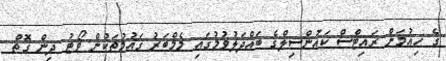
ގެ ހިއުމަން ރައިޓްސް ކައުންސިލްގެ ބައްދަލުވުމުގައި މެމްބަރު ގައުމުތަކުން ވޯޓު ދިން ގޮތް